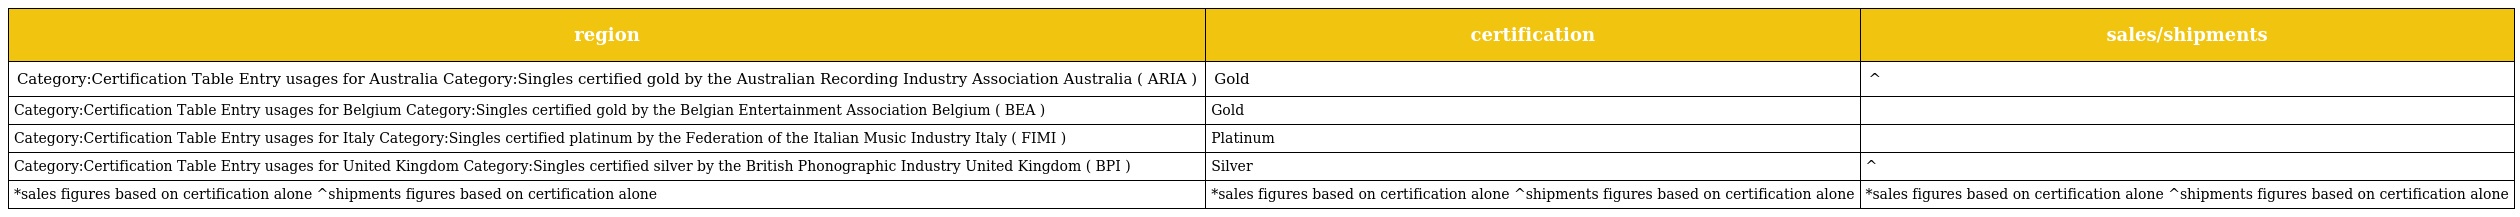
| region | certification | sales/shipments |
 | --- | --- | --- |
 | Category:Certification Table Entry usages for Australia Category:Singles certified gold by the Australian Recording Industry Association Australia ( ARIA ) | Gold | ^ |
 | Category:Certification Table Entry usages for Belgium Category:Singles certified gold by the Belgian Entertainment Association Belgium ( BEA ) | Gold |  |
 | Category:Certification Table Entry usages for Italy Category:Singles certified platinum by the Federation of the Italian Music Industry Italy ( FIMI ) | Platinum |  |
 | Category:Certification Table Entry usages for United Kingdom Category:Singles certified silver by the British Phonographic Industry United Kingdom ( BPI ) | Silver | ^ |
 | *sales figures based on certification alone ^shipments figures based on certification alone | *sales figures based on certification alone ^shipments figures based on certification alone | *sales figures based on certification alone ^shipments figures based on certification alone |